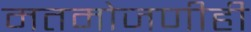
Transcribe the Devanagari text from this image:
मतमोजणीही